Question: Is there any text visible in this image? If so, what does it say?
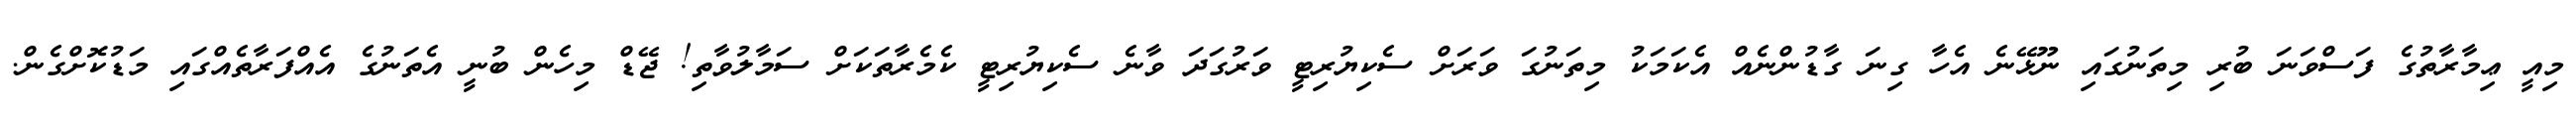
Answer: މިއީ ޢިމާރާތުގެ ފަސްވަނަ ބުރި މިތަނުގައި ނޫޅޭނެ އެހާ ގިނަ ގާޑުންނެއް އެކަމަކު މިތަނުގަ ވަރަށް ސެކިޔުރިޓީ ވަރުގަދަ ވާނެ ސެކިޔުރިޓީ ކެމެރާތަކަށް ސަމާލުވާތި! ޖޭޑް މިހެން ބުނީ އެތަނުގެ އެއްފަރާތެއްގައި މަޑުކޮށްގެން.